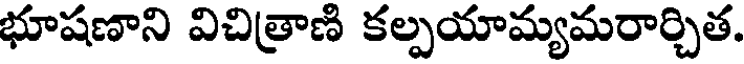
భూషణాని విచిత్రాణి కల్పయామ్యమరార్చిత.